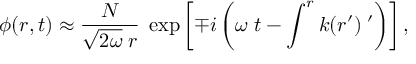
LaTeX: \phi ( r , t ) \approx { \frac { \cal N } { \sqrt { 2 \omega } \; r } } \; \exp \left[ \mp i \left( \omega \; t - \int ^ { r } k ( r ^ { \prime } ) \; \d r ^ { \prime } \right) \right] ,